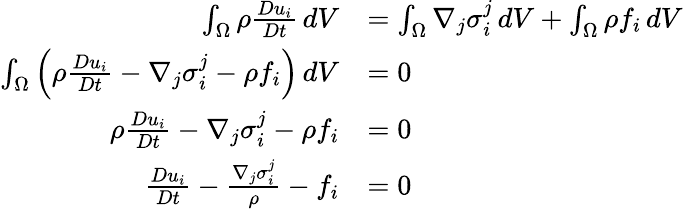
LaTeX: {\begin{array}{rl}{\int_{\Omega}\rho{\frac{Du_{i}}{Dt}}\, dV}&{=\int_{\Omega}\nabla_{j}\sigma_{i}^{j}\, dV+\int_{\Omega}\rho f_{i}\, dV}\\ {\int_{\Omega}\left(\rho{\frac{Du_{i}}{Dt}}-\nabla_{j}\sigma_{i}^{j}-\rho f_{i}\right)\, dV}&{=0}\\ {\rho{\frac{Du_{i}}{Dt}}-\nabla_{j}\sigma_{i}^{j}-\rho f_{i}}&{=0}\\ {{\frac{Du_{i}}{Dt}}-{\frac{\nabla_{j}\sigma_{i}^{j}}{\rho}}-f_{i}}&{=0}\end{array}}